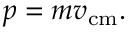
p = m v _ { \mathrm { c m } } .